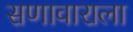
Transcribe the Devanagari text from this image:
सणावाराला